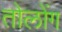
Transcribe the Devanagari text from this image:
तोलोंग